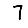
Digit: 7